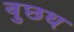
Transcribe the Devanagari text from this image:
वुछथ